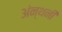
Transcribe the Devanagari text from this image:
अंन्थनी